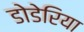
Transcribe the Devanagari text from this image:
डोडेरिया